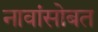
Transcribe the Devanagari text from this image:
नावांसोबत